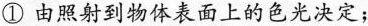
①由照射到物体表面上的色光决定；